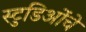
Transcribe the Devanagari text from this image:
स्टुडिओंचे